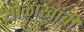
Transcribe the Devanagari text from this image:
सोळाखांबी